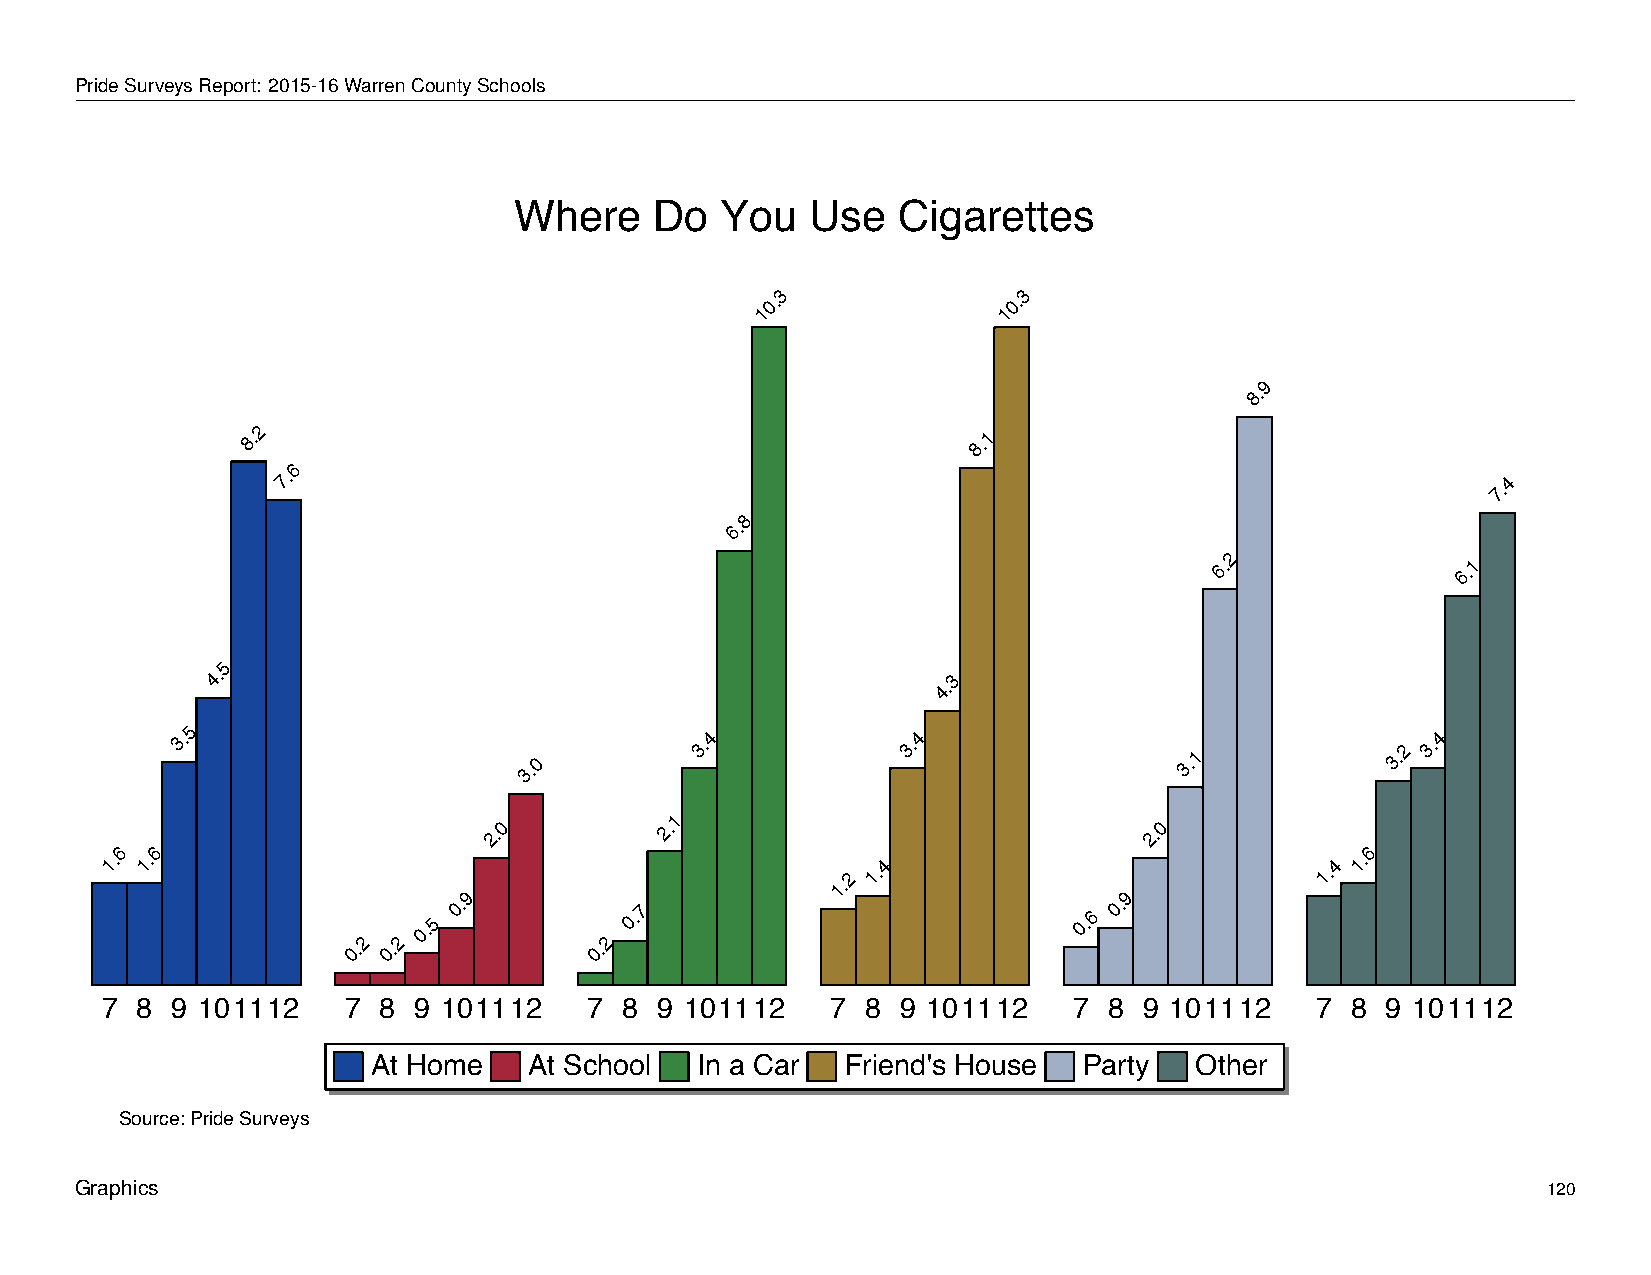
Where         Do      You       Use      Cigarettes
 PrideSurveysReport: 2015-16WarrenCountySchools
 Where    Do   You   Use  Cigarettes
 3               3
 0.              0.
 1               1
 9
 8.
 2
 8.                                              8.1
 6
 7.                                                                               7.4
 8
 6.
 2
 6.               6.1
 5
 4.                                              4.3
 5
 3.
 3.0
 3.4           3.4
 3.1
 3.2
 3.4
 1
 6 6
 2.0         2.                              2.0
 6
 1. 1.
 1.2
 1.4                          1.4 1.
 0.2 0.2
 0.5
 0.9
 0.2
 0.7
 0.6
 0.9
 7 8 9 101112    7 8 9 101112    7 8 9 101112    7 8  9 101112   7 8  9 101112   7 8  9 101112
 At Home   At School  In a Car  Friend's House  Party  Other
 Source: Pride Surveys
 Graphics                                                                                         120